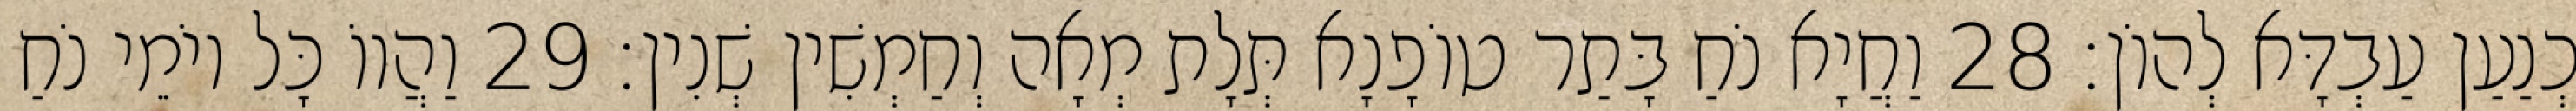
כְנַעַן עַבְדָּא לְהוֹן׃ 28 וַחֲיָא נֹחַ בָּתַר טוֹפָנָא תְּלָת מְאָה וְחַמְשִׁין שְׁנִין׃ 29 וַהֲווֹ כָּל יוֹמֵי נֹחַ